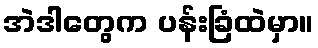
အဲဒါတွေက ပန်းခြံထဲမှာ။